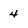
Character: 4